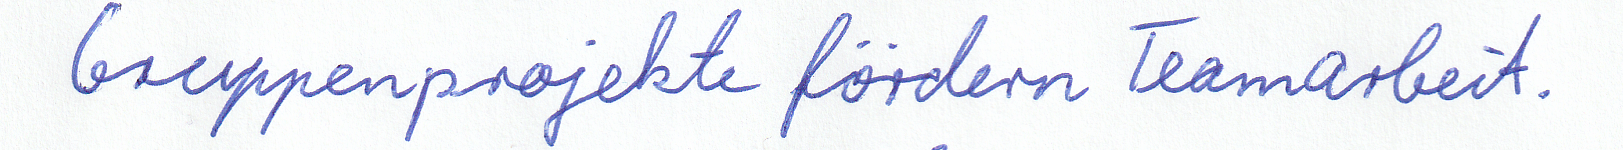
Gruppenprojekte fördern die Teamarbeit.